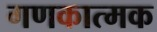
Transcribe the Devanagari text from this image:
गणकात्मक